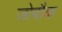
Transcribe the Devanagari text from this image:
जोबौक